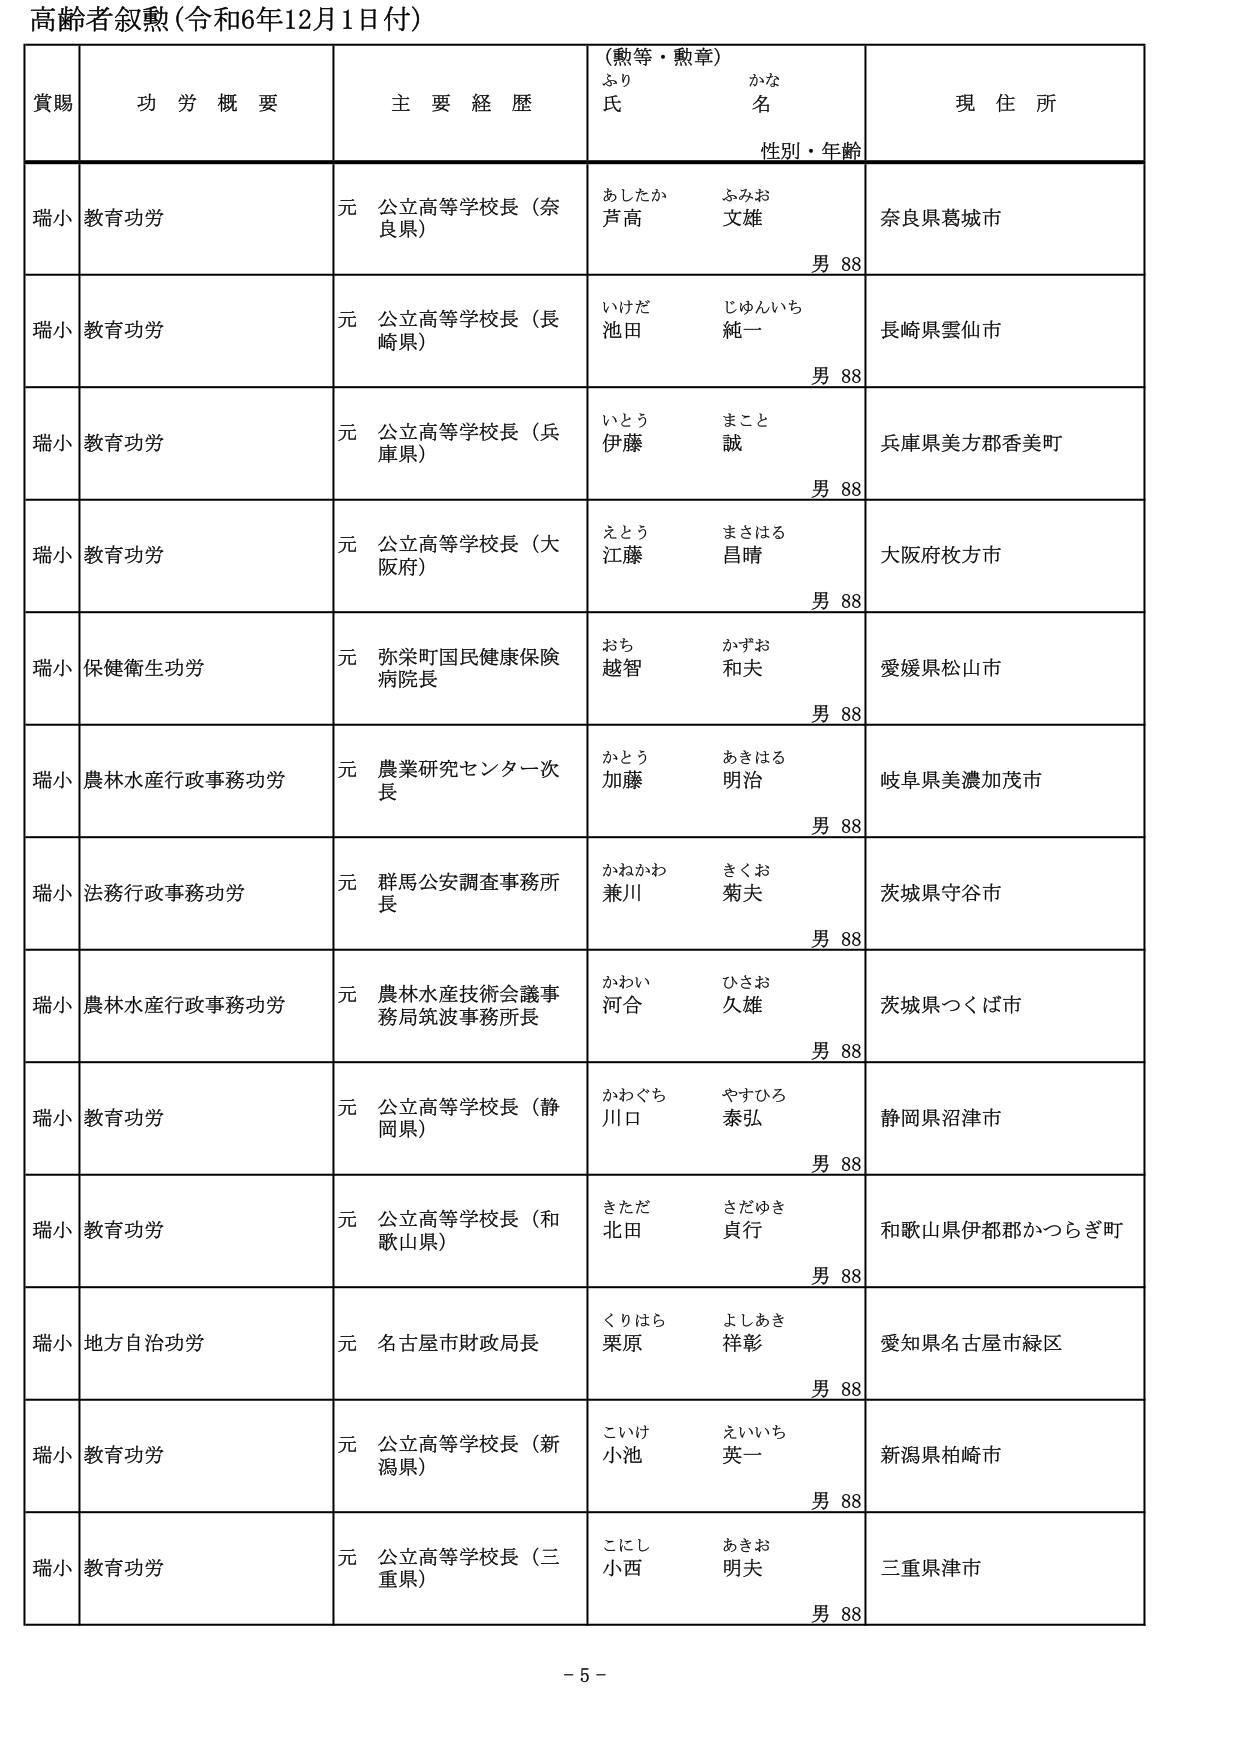
高齢者叙勲（令和6年12月1日付）

賞賜　　功労概要　　主要経歴　　（勲等・勲章）　　現住所
　　　　　　　　　　　　　　ふり　　　　かな
　　　　　　　　　　　　　　氏　　　　名
　　　　　　　　　　　　　　性別・年齢

瑞小　教育功労　　元 公立高等学校長（奈良県）　　あしたか　ふみお　　奈良県葛城市
　　　　　　　　　　　　　　　　　　　　　　　　芦高　　文雄　　　　男 88

瑞小　教育功労　　元 公立高等学校長（長崎県）　　いけだ　じゅんいち　　長崎県雲仙市
　　　　　　　　　　　　　　　　　　　　　　　　池田　　純一　　　　男 88

瑞小　教育功労　　元 公立高等学校長（兵庫県）　　いとう　まこと　　兵庫県美方郡香美町
　　　　　　　　　　　　　　　　　　　　　　　　伊藤　　誠　　　　男 88

瑞小　教育功労　　元 公立高等学校長（大阪府）　　えとう　まさはる　　大阪府枚方市
　　　　　　　　　　　　　　　　　　　　　　　　江藤　　昌晴　　　　男 88

瑞小　保健衛生功労　　元 弥栄町国民健康保険病院長　　おち　かずお　　愛媛県松山市
　　　　　　　　　　　　　　　　　　　　　　　　越智　和夫　　　　男 88

瑞小　農林水産行政事務功労　　元 農業研究センター次長　　かとう　あきはる　　岐阜県美濃加茂市
　　　　　　　　　　　　　　　　　　　　　　　　加藤　明治　　　　男 88

瑞小　法務行政事務功労　　元 群馬公安調査事務所長　　かねかわ　きくお　　茨城県守谷市
　　　　　　　　　　　　　　　　　　　　　　　　兼川　菊夫　　　　男 88

瑞小　農林水産行政事務功労　　元 農林水産技術会議事務局筑波事務所長　　かわい　ひさお　　茨城県つくば市
　　　　　　　　　　　　　　　　　　　　　　　　河合　久雄　　　　男 88

瑞小　教育功労　　元 公立高等学校長（静岡県）　　かわぐち　やすひろ　　静岡県沼津市
　　　　　　　　　　　　　　　　　　　　　　　　川口　泰弘　　　　男 88

瑞小　教育功労　　元 公立高等学校長（和歌山県）　　きただ　さだゆき　　和歌山県伊都郡かつらぎ町
　　　　　　　　　　　　　　　　　　　　　　　　北田　貞行　　　　男 88

瑞小　地方自治功労　　元 名古屋市財政局長　　くりはら　よしあき　　愛知県名古屋市緑区
　　　　　　　　　　　　　　　　　　　　　　栗原　祥彰　　　　男 88

瑞小　教育功労　　元 公立高等学校長（新潟県）　　こいけ　えいいち　　新潟県柏崎市
　　　　　　　　　　　　　　　　　　　　　　小池　英一　　　　男 88

瑞小　教育功労　　元 公立高等学校長（三重県）　　こにし　あきお　　三重県津市
　　　　　　　　　　　　　　　　　　　　　　小西　明夫　　　　男 88

－ 5 －